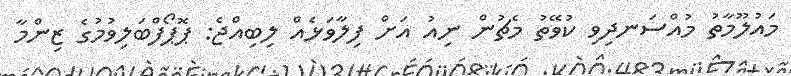
މައުލޫމާތު މުއްސަނދިވި ކުވޭތު މެޗުން ނިއު އަށް ފިލާވަޅެއް ލިބިއްޖެ: ޕޮޕޯފްބަލިވުމުގެ ޒިންމާ